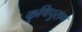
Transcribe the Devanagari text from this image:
कृषिपुराण